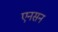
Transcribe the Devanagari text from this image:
एनसन